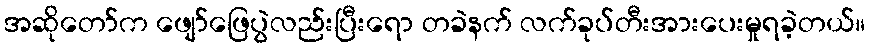
အဆိုတော်က ဖျော်ဖြေပွဲလည်းပြီးရော တခဲနက် လက်ခုပ်တီးအားပေးမှုရခဲ့တယ်။